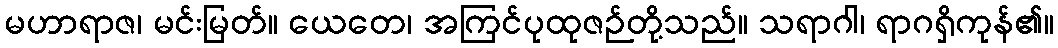
မဟာရာဇ၊ မင်းမြတ်။ ယေတေ၊ အကြင်ပုထုဇဉ်တို့သည်။ သရာဂါ၊ ရာဂရှိကုန်၏။